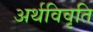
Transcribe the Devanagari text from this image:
अर्थविवृति